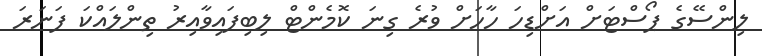
ލިންސޭގެ ޕޯސްޓަށް އަށްޑިހަ ހާހަށް ވުރެ ގިނަ ކޮމެންޓް ލިބިފައިވާއިރު ތިންލައްކަ ފަނަރަ